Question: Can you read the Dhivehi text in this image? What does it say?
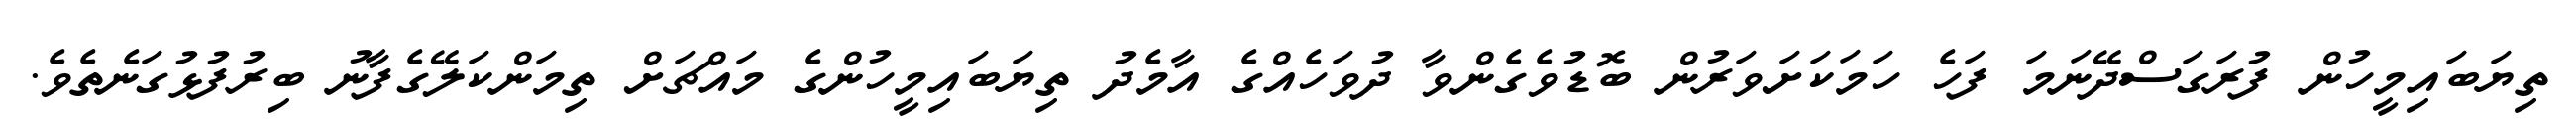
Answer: ތިޔަބައިމީހުން ފުރަގަސްދޭނަމަ ފަހެ ހަމަކަށަވަރުން ބޮޑުވެގެންވާ ދުވަހެއްގެ އާމެދު ތިޔަބައިމީހުންގެ މައްޗަށް ތިމަންކަލޭގެފާނު ބިރުފުޅުގަނެތެވެ.